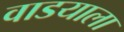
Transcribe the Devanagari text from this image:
वाडयाला